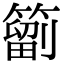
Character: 𥳩